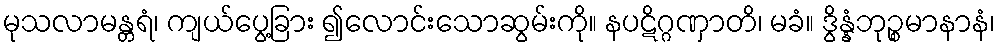
မုသလာမန္တရံ၊ ကျယ်ပွေ့ခြား ၍လောင်းသောဆွမ်းကို။ နပဋိဂ္ဂဏှာတိ၊ မခံ။ ဒွိန္နံဘုဉ္စမာနာနံ၊